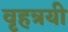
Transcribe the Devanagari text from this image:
वृहत्रयी